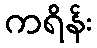
ကရိန်း